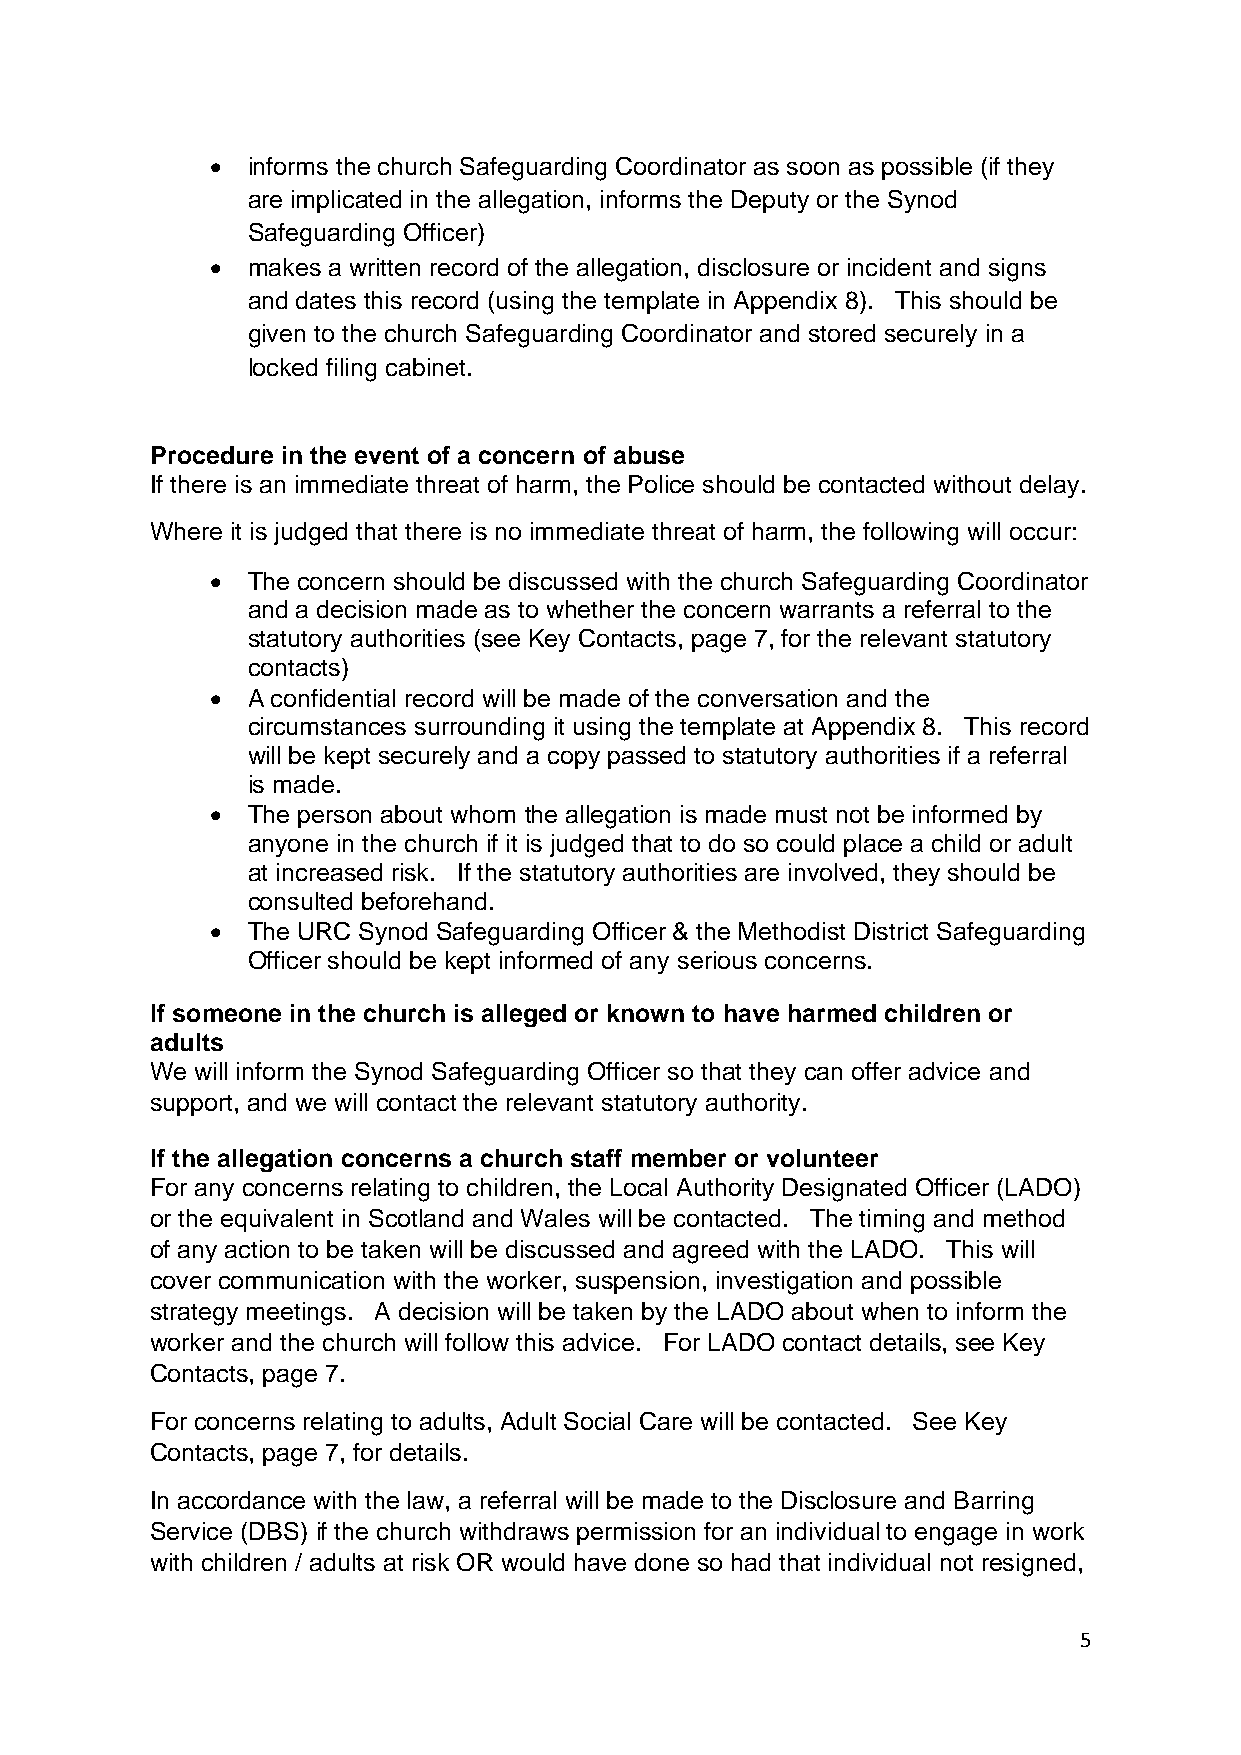
• informs the church Safeguarding Coordinator as soon as possible (if they
 are implicated in the allegation, informs the Deputy or the Synod
 Safeguarding Officer)
 • makes a written record of the allegation, disclosure or incident and signs
 and dates this record (using the template in Appendix 8). This should be
 given to the church Safeguarding Coordinator and stored securely in a
 locked filing cabinet.
 Procedure in the event of a concern of abuse
 If there is an immediate threat of harm, the Police should be contacted without delay.
 Where it is judged that there is no immediate threat of harm, the following will occur:
 • The concern should be discussed with the church Safeguarding Coordinator
 and a decision made as to whether the concern warrants a referral to the
 statutory authorities (see Key Contacts, page 7, for the relevant statutory
 contacts)
 • A confidential record will be made of the conversation and the
 circumstances surrounding it using the template at Appendix 8. This record
 will be kept securely and a copy passed to statutory authorities if a referral
 is made.
 • The person about whom the allegation is made must not be informed by
 anyone in the church if it is judged that to do so could place a child or adult
 at increased risk. If the statutory authorities are involved, they should be
 consulted beforehand.
 • The URC Synod Safeguarding Officer & the Methodist District Safeguarding
 Officer should be kept informed of any serious concerns.
 If someone in the church is alleged or known to have harmed children or
 adults
 We will inform the Synod Safeguarding Officer so that they can offer advice and
 support, and we will contact the relevant statutory authority.
 If the allegation concerns a church staff member or volunteer
 For any concerns relating to children, the Local Authority Designated Officer (LADO)
 or the equivalent in Scotland and Wales will be contacted. The timing and method
 of any action to be taken will be discussed and agreed with the LADO. This will
 cover communication with the worker, suspension, investigation and possible
 strategy meetings. A decision will be taken by the LADO about when to inform the
 worker and the church will follow this advice. For LADO contact details, see Key
 Contacts, page 7.
 For concerns relating to adults, Adult Social Care will be contacted. See Key
 Contacts, page 7, for details.
 In accordance with the law, a referral will be made to the Disclosure and Barring
 Service (DBS) if the church withdraws permission for an individual to engage in work
 with children / adults at risk OR would have done so had that individual not resigned,
 5